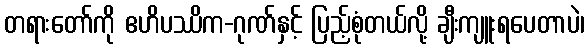
တရားတော်ကို ဧဟိပဿိက-ဂုဏ်နှင့် ပြည့်စုံတယ်လို့ ချီးကျူးရပေတာပဲ၊